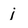
Character: j